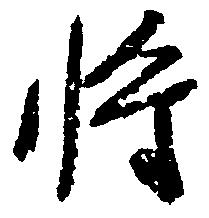
将